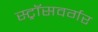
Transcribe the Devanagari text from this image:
स्ट्रॉसवर्गर